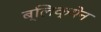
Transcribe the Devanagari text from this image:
ब्लिक्येन